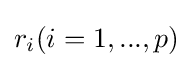
r_{i}(i=1,...,p)